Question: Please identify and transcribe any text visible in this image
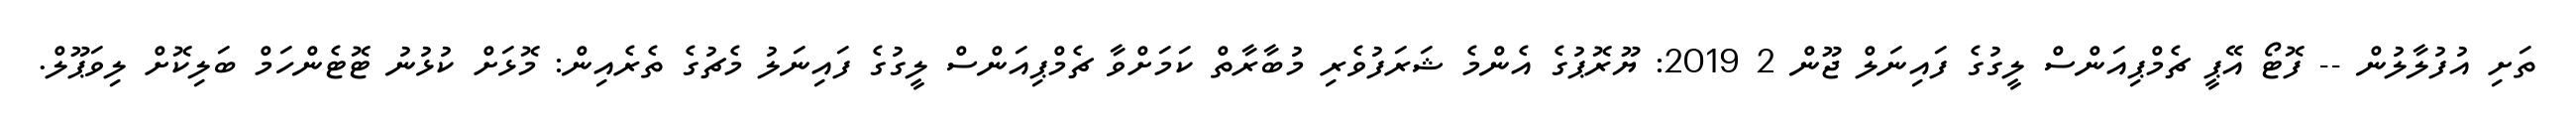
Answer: ތަށި އުފުލާލުން -- ފޮޓޯ އޭޕީ ޗެމްޕިއަންސް ލީގުގެ ފައިނަލް ޖޫން 2 2019: ޔޫރޮޕުގެ އެންމެ ޝަރަފުވެރި މުބާރާތް ކަމަށްވާ ޗެމްޕިއަންސް ލީގުގެ ފައިނަލު މެޗުގެ ތެރެއިން: މޮޅަށް ކުޅުނު ޓޮޓެންހަމް ބަލިކޮށް ލިވަޕޫލް.